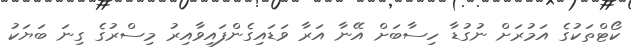
ކޯޓްތަކުގެ އަމުރަށް ނުގުޑާ ހިސާބަށް އޭނާ އަރާ ވަޑައިގެންފައިވާއިރު މިސްރުގެ ގިނަ ބަޔަކު